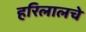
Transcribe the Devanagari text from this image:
हरिलालचे